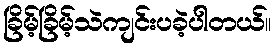
ခြိမ့်ခြိမ့်သဲကျင်းပခဲ့ပါတယ်။